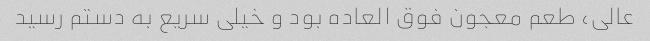
عالی، طعم معجون فوق العاده بود و خیلی سریع به دستم رسید